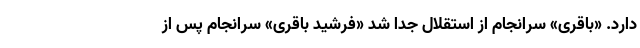
دارد. «باقری» سرانجام از استقلال جدا شد «فرشید باقری» سرانجام پس از